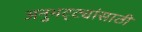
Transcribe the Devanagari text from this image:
अनुभट्ट्यांसाठी